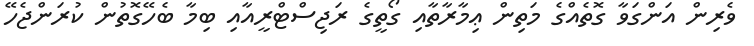
ވެރިން އަންގަވާ ގޮތެއްގެ މަތިން ޢިމާރާތާއި ގޯތީގެ ރަޖިސްޓްރީއާއި ބިމާ ބެހޭގޮތުން ކުރަންޖެހޭ